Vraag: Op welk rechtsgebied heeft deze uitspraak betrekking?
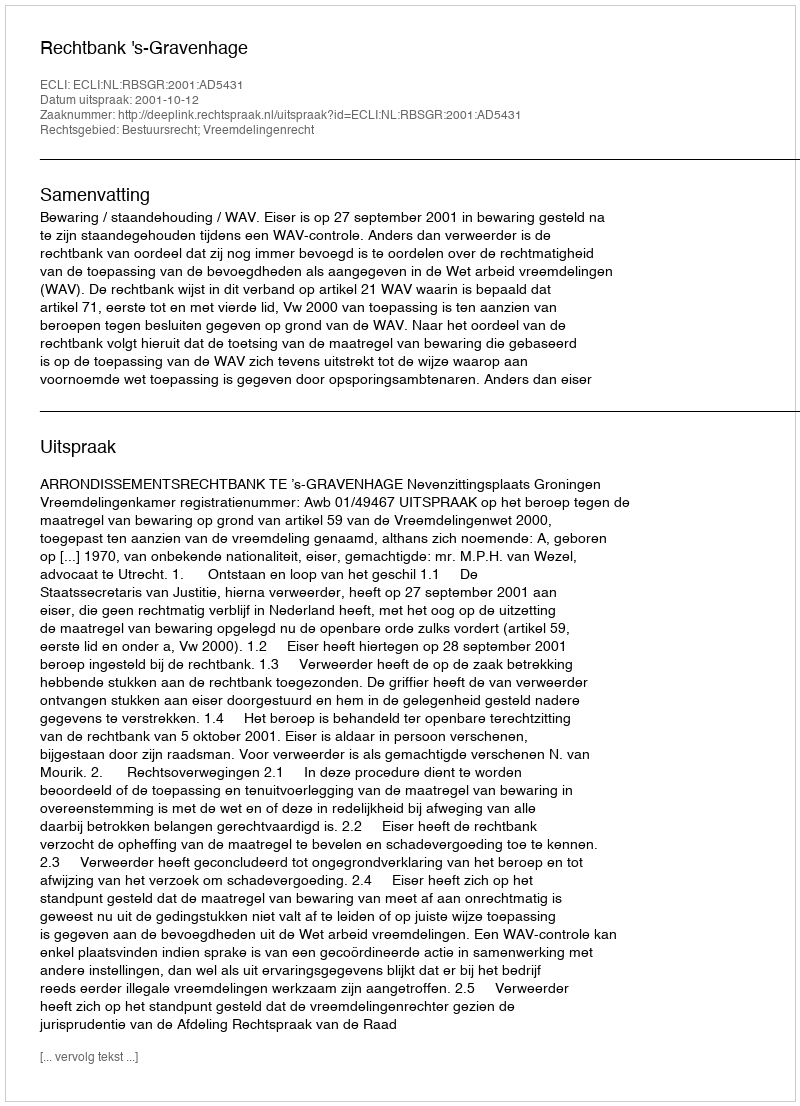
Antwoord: Bestuursrecht; Vreemdelingenrecht